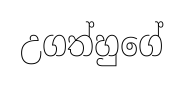
උගත්හුගේ